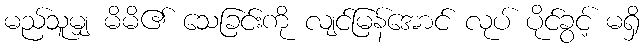
မည်သူမျှ မိမိ၏ သေခြင်းကို လျင်မြန်အောင် လုပ် ပိုင်ခွင့် မရှိ